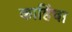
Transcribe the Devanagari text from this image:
काहिंचा